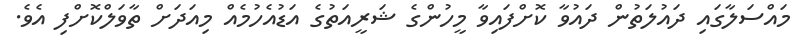
މައްސަލާގައި ދައުލަތުން ދައުވާ ކޮށްފައިވާ މީހުންގެ ޝަރީއަތުގެ އަޑުއެހުމެއް މިއަދަށް ތާވަލްކޮށްފި އެވެ.